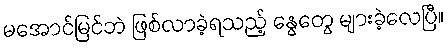
မအောင်မြင်ဘဲ ဖြစ်လာခဲ့ရသည့် နွေတွေ များခဲ့လေပြီ။